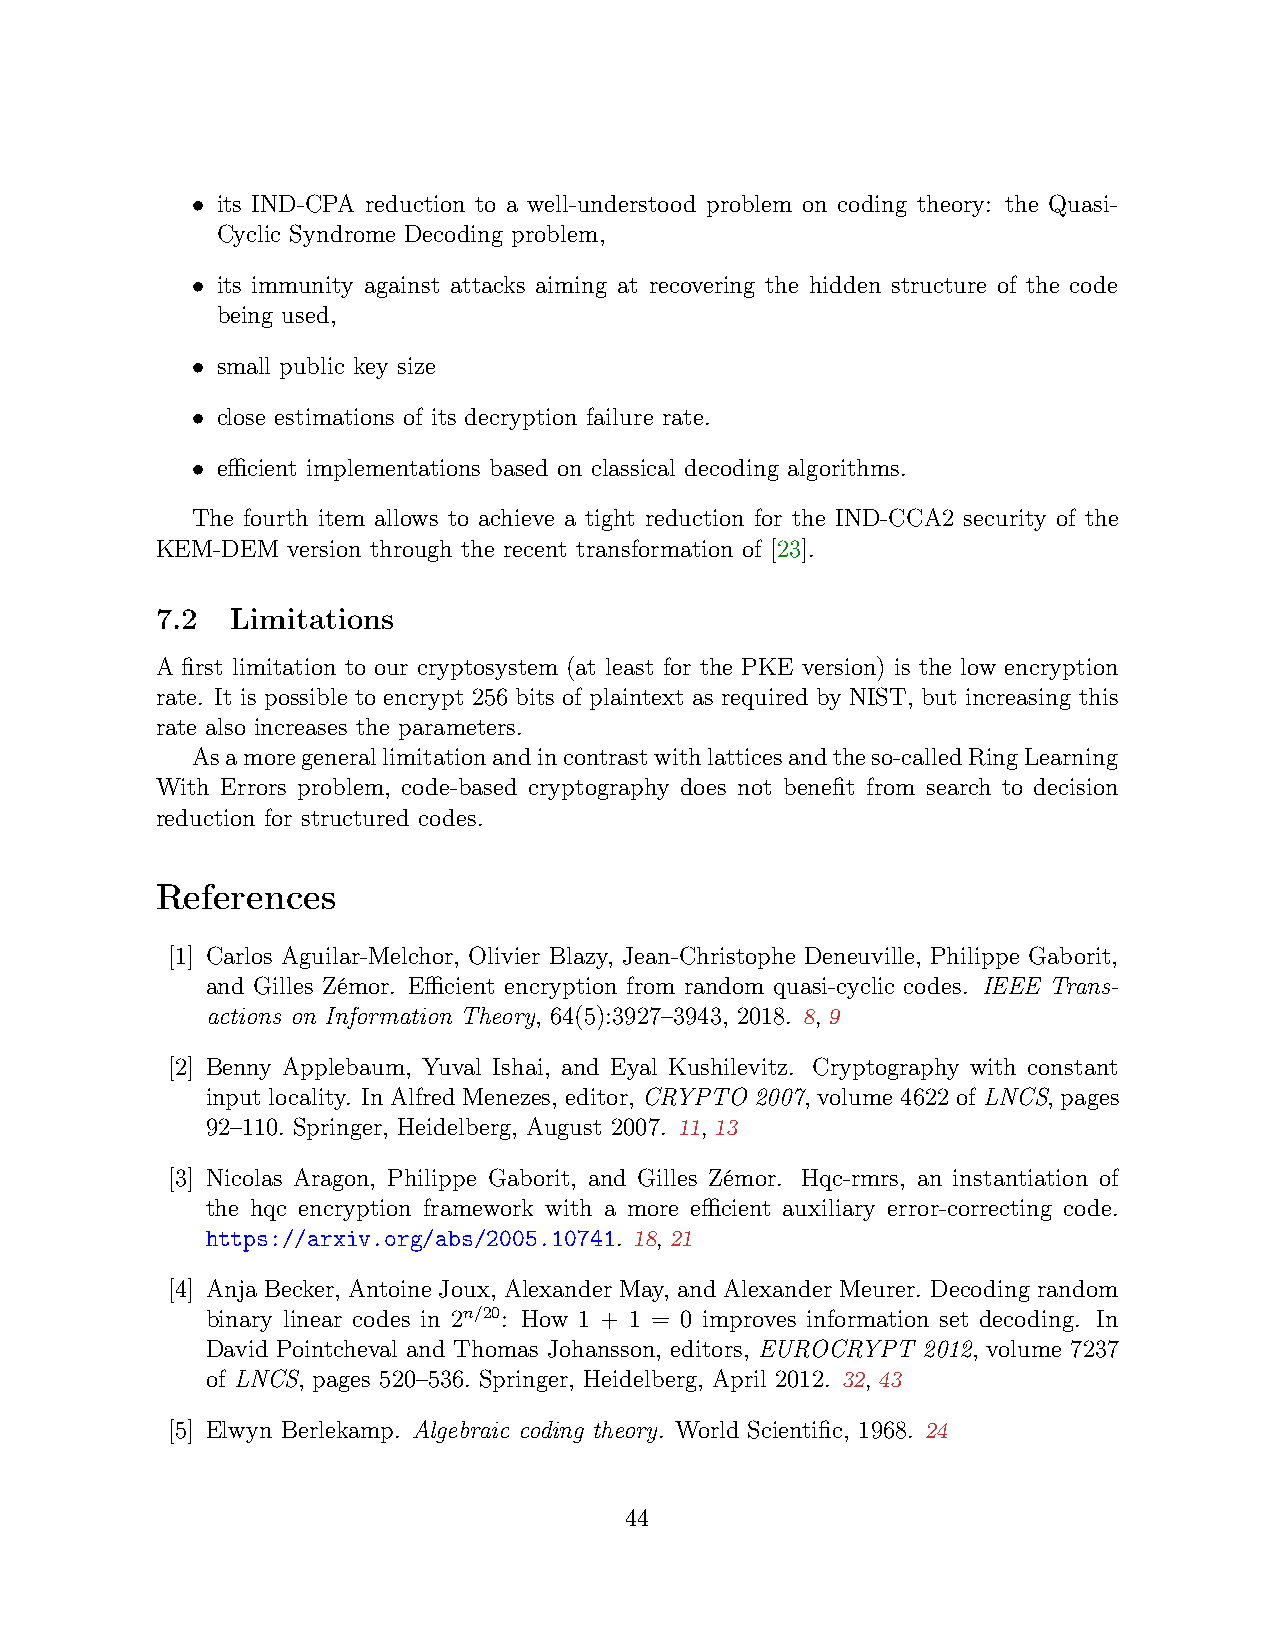
• its IND-CPA reduction to a well-understood problem on coding theory: the Quasi-
 Cyclic Syndrome Decoding problem,
 • its immunity against attacks aiming at recovering the hidden structure of the code
 being used,
 • small public key size
 • close estimations of its decryption failure rate.
 • efficient implementations based on classical decoding algorithms.
 The fourth item allows to achieve a tight reduction for the IND-CCA2 security of the
 KEM-DEM  version through the recent transformation of [23].
 7.2  Limitations
 A first limitation to our cryptosystem (at least for the PKE version) is the low encryption
 rate. It is possible to encrypt 256 bits of plaintext as required by NIST, but increasing this
 rate also increases the parameters.
 Asamoregenerallimitationandincontrastwithlatticesandtheso-calledRingLearning
 With Errors problem, code-based cryptography does not benefit from search to decision
 reduction for structured codes.
 References
 [1] Carlos Aguilar-Melchor, Olivier Blazy, Jean-Christophe Deneuville, Philippe Gaborit,
 and Gilles Zémor. Efficient encryption from random quasi-cyclic codes. IEEE Trans-
 actions on Information Theory, 64(5):3927–3943, 2018. 8, 9
 [2] Benny Applebaum, Yuval Ishai, and Eyal Kushilevitz. Cryptography with constant
 input locality. In Alfred Menezes, editor, CRYPTO 2007, volume 4622 of LNCS, pages
 92–110. Springer, Heidelberg, August 2007. 11, 13
 [3] Nicolas Aragon, Philippe Gaborit, and Gilles Zémor. Hqc-rmrs, an instantiation of
 the hqc encryption framework with a more efficient auxiliary error-correcting code.
 https://arxiv.org/abs/2005.10741. 18, 21
 [4] Anja Becker, Antoine Joux, Alexander May, and Alexander Meurer. Decoding random
 binary linear codes in 2n/20: How 1 + 1 = 0 improves information set decoding. In
 David Pointcheval and Thomas Johansson, editors, EUROCRYPT 2012, volume 7237
 of LNCS, pages 520–536. Springer, Heidelberg, April 2012. 32, 43
 [5] Elwyn Berlekamp. Algebraic coding theory. World Scientific, 1968. 24
 44